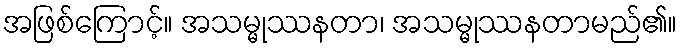
အဖြစ်ကြောင့်။ အသမ္မုဿနတာ၊ အသမ္မုဿနတာမည်၏။